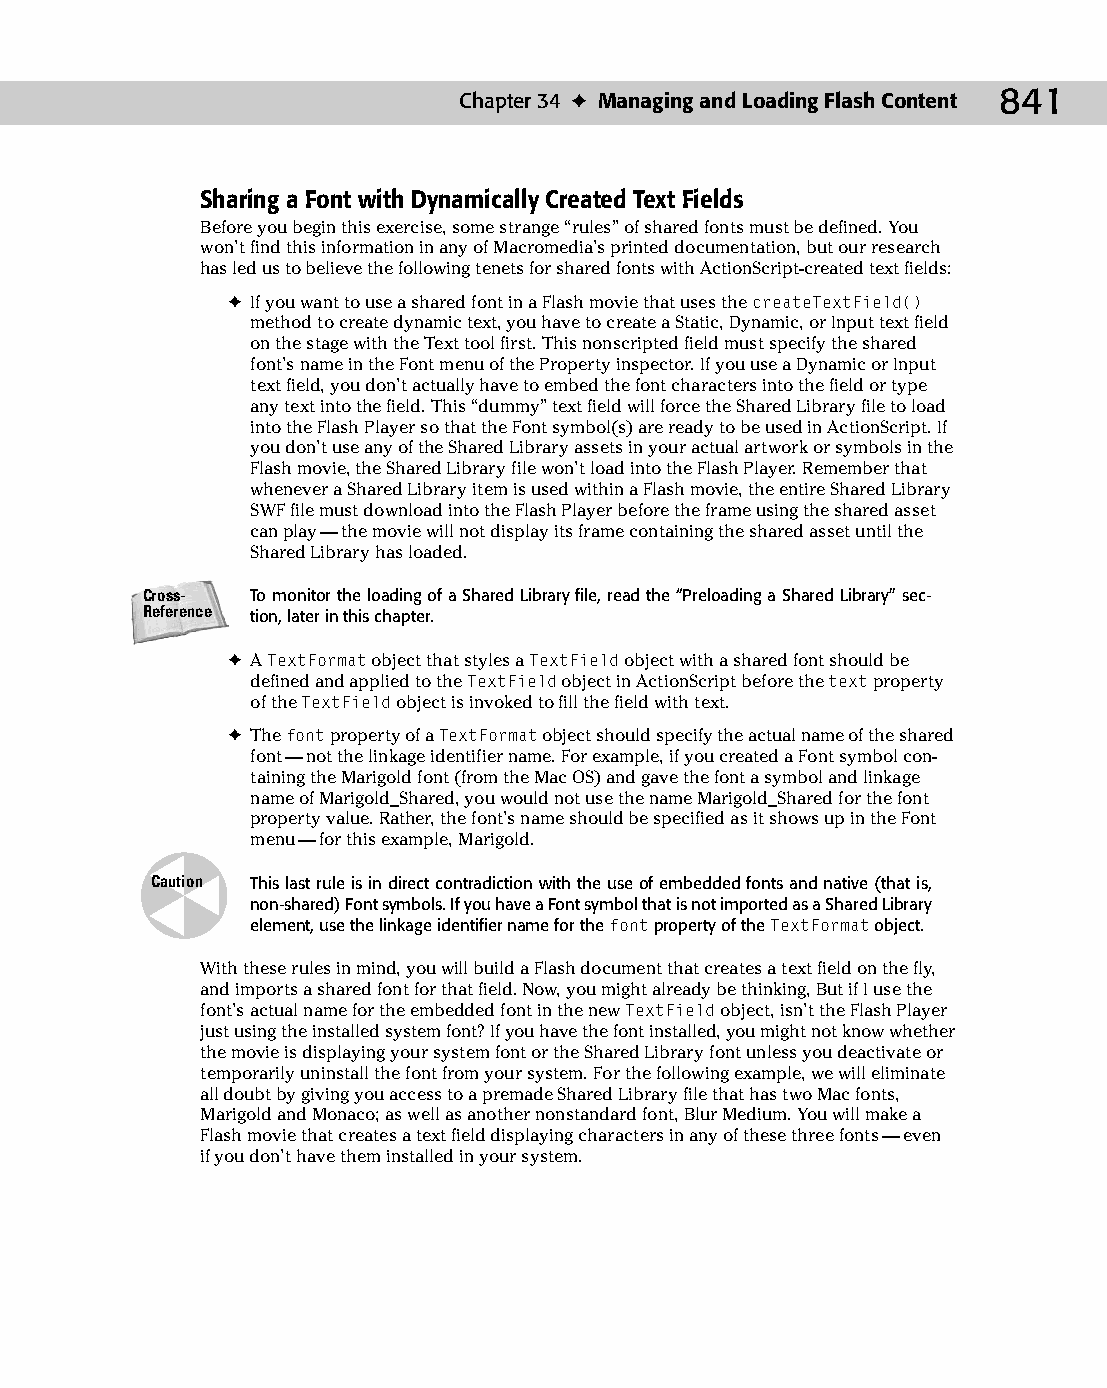
45 543547 ch34.qxd 3/24/04 4:15 PM Page 841
 Chapter 34 ✦ Managing and Loading Flash Content 841
 Sharing a Font with Dynamically Created Text Fields
 Before you begin this exercise, some strange “rules” of shared fonts must be defined. You
 won’t find this information in any of Macromedia’s printed documentation, but our research
 has led us to believe the following tenets for shared fonts with ActionScript-created text fields:
 ✦ If you want to use a shared font in a Flash movie that uses the createTextField()
 method to create dynamic text, you have to create a Static, Dynamic, or Input text field
 on the stage with the Text tool first. This nonscripted field must specify the shared
 font’s name in the Font menu of the Property inspector. If you use a Dynamic or Input
 text field, you don’t actually have to embed the font characters into the field or type
 any text into the field. This “dummy” text field will force the Shared Library file to load
 into the Flash Player so that the Font symbol(s) are ready to be used in ActionScript. If
 you don’t use any of the Shared Library assets in your actual artwork or symbols in the
 Flash movie, the Shared Library file won’t load into the Flash Player. Remember that
 whenever a Shared Library item is used within a Flash movie, the entire Shared Library
 SWF file must download into the Flash Player before the frame using the shared asset
 can play — the movie will not display its frame containing the shared asset until the
 Shared Library has loaded.
 Cross-  To monitor the loading of a Shared Library file, read the “Preloading a Shared Library” sec-
 Reference tion, later in this chapter.
 ✦ A TextFormat object that styles a TextField object with a shared font should be
 defined and applied to the TextField object in ActionScript before the text property
 of the TextField object is invoked to fill the field with text.
 ✦ The font property of a TextFormat object should specify the actual name of the shared
 font — not the linkage identifier name. For example, if you created a Font symbol con­
 taining the Marigold font (from the Mac OS) and gave the font a symbol and linkage
 name of Marigold_Shared, you would not use the name Marigold_Shared for the font
 property value. Rather, the font’s name should be specified as it shows up in the Font
 menu — for this example, Marigold.
 Caution This last rule is in direct contradiction with the use of embedded fonts and native (that is,
 non-shared) Font symbols. If you have a Font symbol that is not imported as a Shared Library
 element, use the linkage identifier name for the font property of the TextFormat object.
 With these rules in mind, you will build a Flash document that creates a text field on the fly,
 and imports a shared font for that field. Now, you might already be thinking, But if I use the
 font’s actual name for the embedded font in the new TextField object, isn’t the Flash Player
 just using the installed system font? If you have the font installed, you might not know whether
 the movie is displaying your system font or the Shared Library font unless you deactivate or
 temporarily uninstall the font from your system. For the following example, we will eliminate
 all doubt by giving you access to a premade Shared Library file that has two Mac fonts,
 Marigold and Monaco; as well as another nonstandard font, Blur Medium. You will make a
 Flash movie that creates a text field displaying characters in any of these three fonts — even
 if you don’t have them installed in your system.